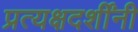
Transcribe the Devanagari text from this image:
प्रत्यक्षदर्शींनी